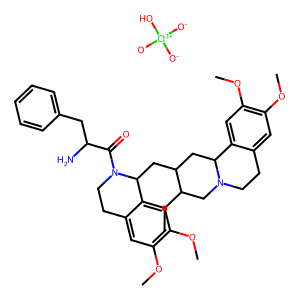
SMILES: CCC1CN2CCc3cc(OC)c(OC)cc3C2CC1CC1c2cc(OC)c(OC)cc2CCN1C(=O)C(N)Cc1ccccc1.[O-][Cl+3]([O-])([O-])O
Inhibits HIV replication: No